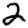
Digit: 2